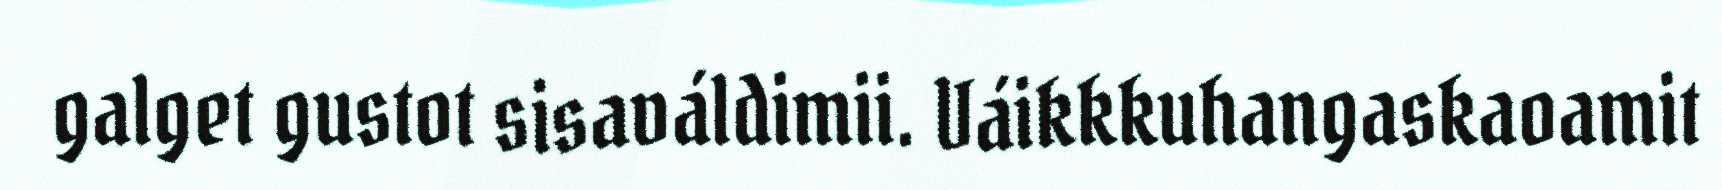
galget gustot sisaváldimii. Váikkkuhangaskaoamit